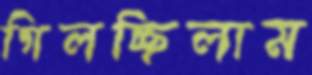
গিলচ্ছিলাম